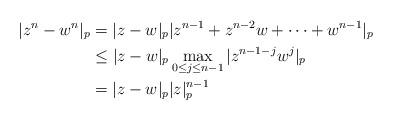
LaTeX: \begin{align*}|z^n-w^n|_p&=|z-w|_p|z^{n-1}+z^{n-2}w+\cdots+w^{n-1}|_p\\&\leq|z-w|_p\max_{0\leq j\leq n-1}|z^{n-1-j}w^j|_p\\&=|z-w|_p|z|^{n-1}_p\end{align*}